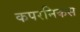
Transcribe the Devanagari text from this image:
कपरनिकस